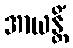
အာယန္တိံ